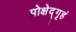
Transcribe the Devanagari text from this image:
प्रोक्षेद्गृहं